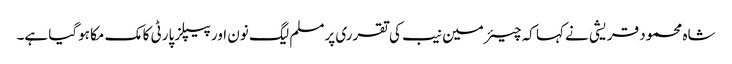
شاہ محمود قریشی نے کہا کہ چیئرمین نیب کی تقرری پرمسلم لیگ نون اور پیپلز پارٹی کا مک مکا ہوگیا ہے۔